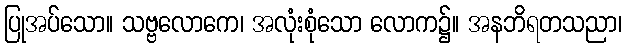
ပြုအပ်သော။ သဗ္ဗလောကေ၊ အလုံးစုံသော လောက၌။ အနဘိရတသညာ၊